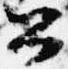
公